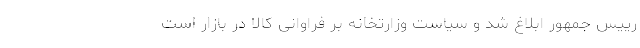
رییس جمهور ابلاغ شد و سیاست وزارتخانه بر فراوانی کالا در بازار است